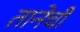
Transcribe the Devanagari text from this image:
तानेची